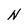
Character: N